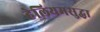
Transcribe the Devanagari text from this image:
हेलियमसुद्धा